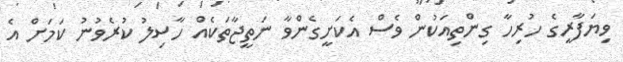
ވިޔަފާރީގެ ހުރިހާ ގިންތިއަކުން ވެސް އެކަށީގެންވާ ނަތީޖާތަކެއް ހާސިލު ކުރެވުނު ކަމަށް އެ